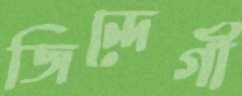
জিন্দেগী